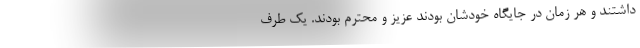
داشتند و هر زمان در جایگاه خودشان بودند عزیز و محترم بودند. یک طرف